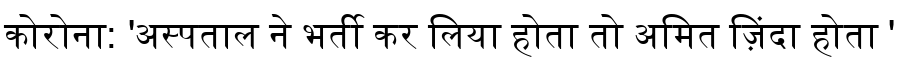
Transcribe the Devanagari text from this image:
कोरोना: 'अस्पताल ने भर्ती कर लिया होता तो अमित ज़िंदा होता '